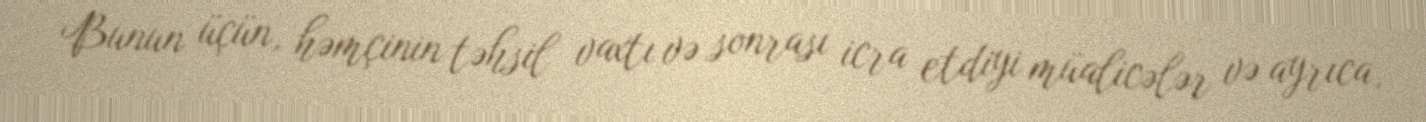
Bunun üçün, həmçinin təhsil vaxtı və sonrası icra etdiyi müalicələr və ayrıca,